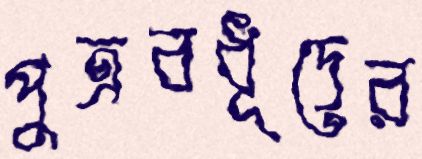
পুত্রবধূদের